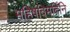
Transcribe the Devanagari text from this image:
महिषविमर्दिनि